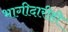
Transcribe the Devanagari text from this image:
भागीदारीही